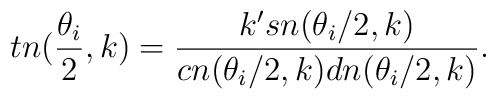
tn(\frac{\theta_i}{2},k)= \frac{k' sn(\theta_i/2,k)}{cn(\theta_i/2,k)dn(\theta_i/2,k)}.